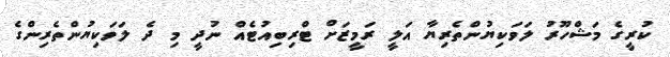
ކުރީގެ މަޝްހޫރު ލަވަކިޔުންތެރިޔާ އަލީ ރަމީޒަށް ޓްރިބިއުޓެއް ނުދީ މި ދެ ލަވަކިޔުންތެރިންގެ